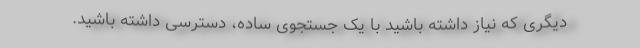
دیگری که نیاز داشته باشید با یک جستجوی ساده، دسترسی داشته باشید.